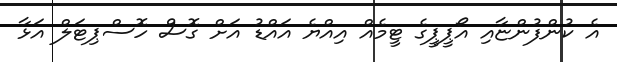
އެ ކުންފުންޏާއި އޯޕީޕީގެ ޓީމެއް އިއްޔެ އައްޑު އަށް ގޮސް ހޮސްޕިޓަލް އަޅާ